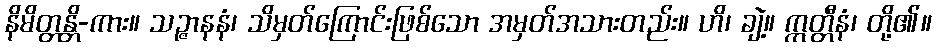
နိမိတ္တန္တိ-ကား။ သဉ္ဇာနနံ၊ သိမှတ်ကြောင်းဖြစ်သော အမှတ်အသားတည်း။ ဟိ၊ ချဲ့။ ဣတ္တီနံ၊ တို့၏။